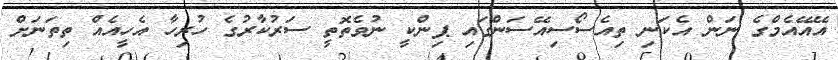
އޭއޭއެމްގެ ނަން އެކަނި ތިއެސޯސިއޭސަންގައި ޕިންކީ ނުވެތޮތީ ސަރުކާރުގެ ހުރިހާ އެހީއެއް ތިތަނަށް